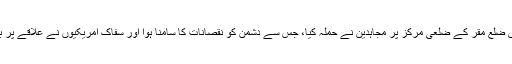
موصولہ اطلاع کے مطابق پیر کے رات صوبہ بادغیس ضلع مقر کے ضلعی مرکز پر مجاہدین نے حملہ کیا، جس سے دشمن کو نقصانات کا سامنا ہوا اور سفاک امریکیوں نے علاقے پر بمبار کی، تا ہم اللہ کی فضل سے مجاہدین محفوظ رہے۔